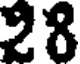
28